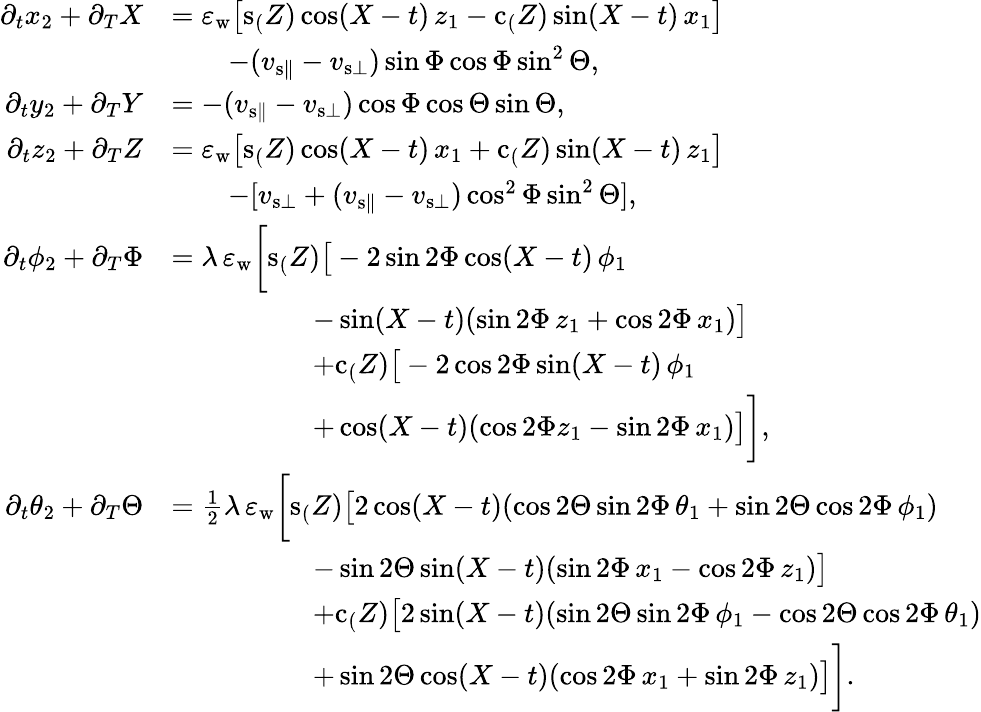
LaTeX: \begin{array}{rl}{\partial_{t}x_{2}+\partial_{T}X}&{=\varepsilon_{\mathrm{w}}\big[\mathrm{s}_(Z)\cos(X-t)\, z_{1}-\mathrm{c}_(Z)\sin(X-t)\, x_{1}\big]}\\ &{\qquad-(v_{{\mathrm{s}}\parallel}-v_{{\mathrm{s}}\bot})\sin\Phi\cos\Phi\sin^{2}\Theta,}\\ {\partial_{t}y_{2}+\partial_{T}Y}&{=-(v_{{\mathrm{s}}\parallel}-v_{{\mathrm{s}}\bot})\cos\Phi\cos\Theta\sin\Theta,}\\ {\partial_{t}z_{2}+\partial_{T}Z}&{=\varepsilon_{\mathrm{w}}\big[\mathrm{s}_(Z)\cos(X-t)\, x_{1}+\mathrm{c}_(Z)\sin(X-t)\, z_{1}\big]}\\ &{\qquad-[v_{{\mathrm{s}}\bot}+(v_{{\mathrm{s}}\parallel}-v_{{\mathrm{s}}\bot})\cos^{2}\Phi\sin^{2}\Theta],}\\ {\partial_{t}{\phi_{2}}+\partial_{T}\Phi}&{=\lambda\, \varepsilon_{\mathrm{w}}\bigg[\mathrm{s}_(Z)\big[-2\sin{2\Phi}\cos(X-t)\, \phi_{1}}\\ &{\qquad\qquad\quad-\sin(X-t)(\sin{2\Phi}\, z_{1}+\cos{2\Phi}\, x_{1})\big]}\\ &{\qquad\qquad\quad+\mathrm{c}_(Z)\big[-2\cos{2\Phi}\sin(X-t)\, \phi_{1}}\\ &{\qquad\qquad\quad+\cos(X-t)(\cos{2\Phi}z_{1}-\sin{2\Phi}\, x_{1})\big]\bigg],}\\ {\partial_{t}{\theta_{2}}+\partial_{T}\Theta}&{=\frac{1}{2}\lambda\, \varepsilon_{\mathrm{w}}\bigg[\mathrm{s}_(Z)\big[2\cos(X-t)(\cos{2\Theta}\sin{2\Phi}\, \theta_{1}+\sin{2\Theta}\cos{2\Phi}\, \phi_{1})}\\ &{\qquad\qquad\quad-\sin{2\Theta}\sin(X-t)(\sin{2\Phi}\, x_{1}-\cos{2\Phi}\, z_{1})\big]}\\ &{\qquad\qquad\quad+\mathrm{c}_(Z)\big[2\sin(X-t)(\sin{2\Theta}\sin{2\Phi}\, \phi_{1}-\cos{2\Theta}\cos{2\Phi}\, \theta_{1})}\\ &{\qquad\qquad\quad+\sin{2\Theta}\cos(X-t)(\cos{2\Phi}\, x_{1}+\sin{2\Phi}\, z_{1})\big]\bigg].}\end{array}